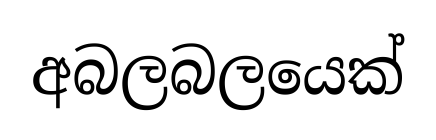
අබලබලයෙක්